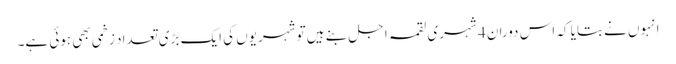
انہوں نے بتایا کہ اس دوران 4 شہری لقمہ اجل بنے ہیں تو شہریوں کی ایک بڑی تعداد زخمی بھی ہوئی ہے۔